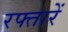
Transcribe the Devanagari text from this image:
रफ्तारें